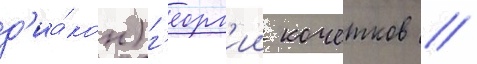
д'иа́кон) г'еорг'ии кочетков //